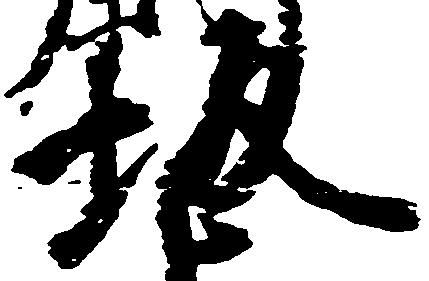
坂